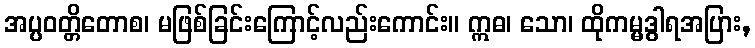
အပ္ပဝတ္တိတောစ၊ မဖြစ်ခြင်းကြောင့်လည်းကောင်း။ ဣဓ၊ သော၊ ထိုကမ္မဒွါရအပြား,